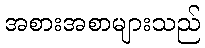
အစားအစာများသည်